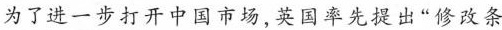
为了进一步打开中国市场，英国率先提出”修改条